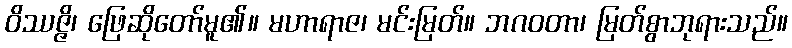
ဝိဿဇ္ဇိ၊ ဖြေဆိုတော်မူ၏။ မဟာရာဇ၊ မင်းမြတ်။ ဘဂဝတာ၊ မြတ်စွာဘုရားသည်။